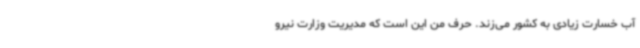
آب خسارت زیادی به کشور می‌زند. حرف من این است که مدیریت وزارت نیرو